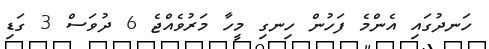
ހަނދުގައި އެންމެ ފަހުން ހިނގި މީހާ މަރުވެއްޖެ 6 ދުވަސް 3 ގަޑި